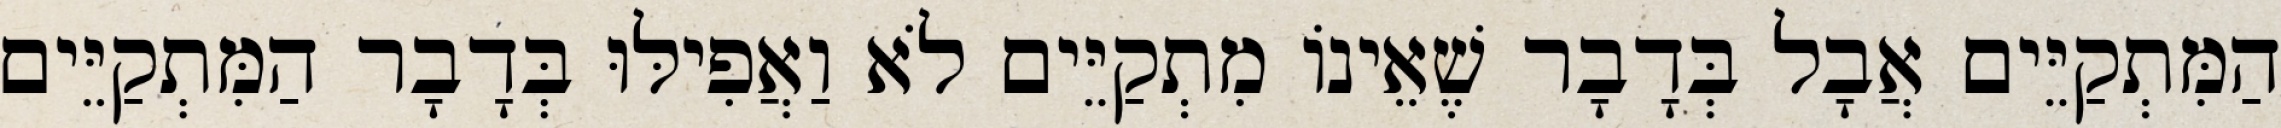
הַמִּתְקַיֵּים אֲבָל בְּדָבָר שֶׁאֵינוֹ מִתְקַיֵּים לֹא וַאֲפִילּוּ בְּדָבָר הַמִּתְקַיֵּים